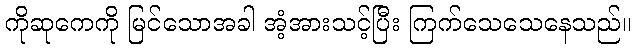
ကိုဆုကေကို မြင်သောအခါ အံ့အားသင့်ပြီး ကြက်သေသေနေသည်။